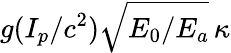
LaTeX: g(I_{p}/c^{2})\sqrt{E_{0}/E_{a}}\, \kappa